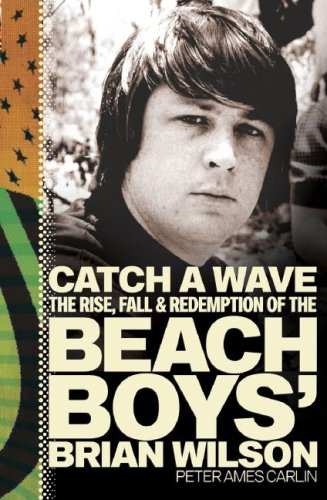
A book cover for Catch a Wave: The Rise, Fall, and Redemption of the Beach Boys' Brian Wilson; Peter Ames Carlin; Biographies & Memoirs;